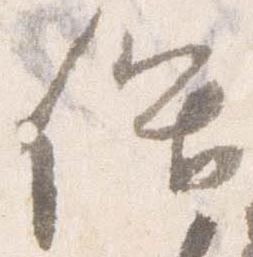
保